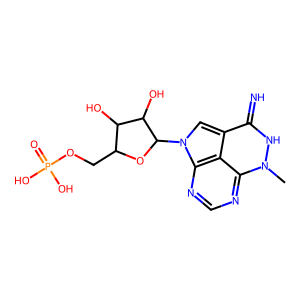
SMILES: Cn1[nH]c(=N)c2cn(C3OC(COP(=O)(O)O)C(O)C3O)c3ncnc1c23
Inhibits HIV replication: Yes